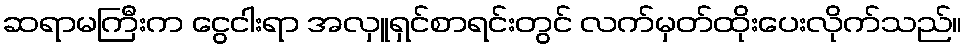
ဆရာမကြီးက ငွေငါးရာ အလှူရှင်စာရင်းတွင် လက်မှတ်ထိုးပေးလိုက်သည်။